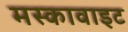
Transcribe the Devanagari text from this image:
मस्कावाइट